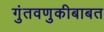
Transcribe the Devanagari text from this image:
गुंतवणुकीबाबत